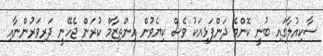
ސާކިއުލާގައި ބުނީ ކޮންމެ ދަންފަޅިއަކު ވެސް ކިޔެވުން އިންތިޒާމް ކުރަން ޖެހޭނީ ދަރިވަރުންނާއި